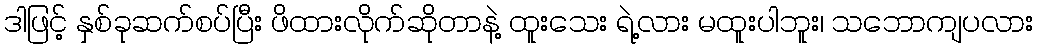
ဒါဖြင့် နှစ်ခုဆက်စပ်ပြီး ဖိထားလိုက်ဆိုတာနဲ့ ထူးသေး ရဲ့လား မထူးပါဘူး၊ သဘောကျပလား